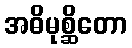
အဓိမုစ္ဆိတော